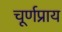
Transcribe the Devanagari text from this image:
चूर्णप्राय